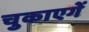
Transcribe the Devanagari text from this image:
चुकाएगें